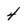
Character: 4